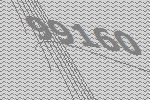
99160